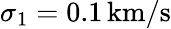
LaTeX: \sigma_{1}=0.1\, \mathrm{km/s}